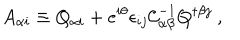
A _ { \alpha i } \equiv Q _ { \alpha i } + e ^ { i \theta } \epsilon _ { i j } { \cal C } _ { \alpha \beta } ^ { - 1 } Q ^ { \dagger \beta j } \ ,